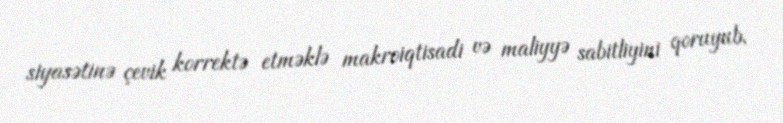
siyasətinə çevik korrektə etməklə makroiqtisadi və maliyyə sabitliyini qoruyub,